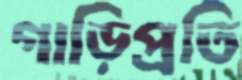
গাড়িপ্রতি